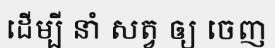
ដើម្បី នាំ សត្វ ឲ្យ ចេញ